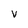
Character: v